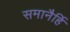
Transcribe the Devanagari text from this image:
समानैर्हि